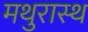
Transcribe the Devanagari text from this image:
मथुरास्थ